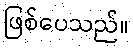
ဖြစ်ပေသည်။